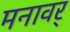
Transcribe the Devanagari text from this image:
मनावर्